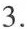
3.